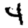
Digit: 4